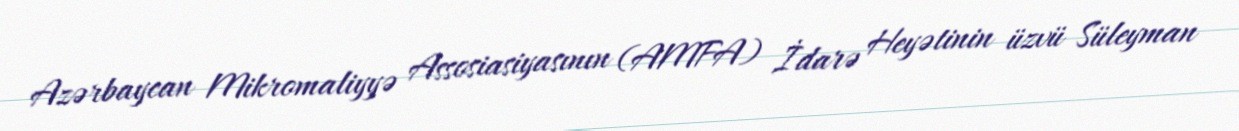
Azərbaycan Mikromaliyyə Assosiasiyasının (AMFA) İdarə Heyətinin üzvü Süleyman